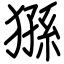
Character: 猻